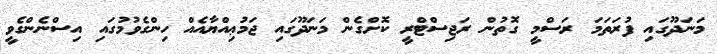
މަނަދޫގައި ފުރަތަމަ ރަސްމީ ގޮތުން ރަޖިސްޓްރީ ކޮށްގެން މަނަދޫގައި ޖަމުޢިއްޔާއެއް ހިންގެވުމުގައި އިސްނެންގެވީ